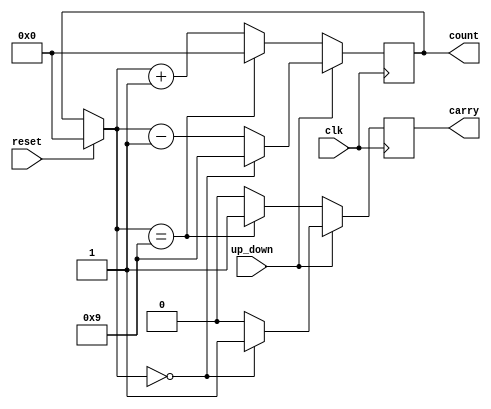
module counter_to_10(clk, reset, up_down, count, carry);

  input wire clk, reset, up_down;
  output reg carry;
  output reg[3:0] count;

  always @(posedge clk)
  begin 
    if(reset) begin 
      count = 4'b0;
      carry = 0;
    end
    if(up_down) begin 
      if(count == 4'b0) begin 
        count <= 4'b1001;
        carry <= 1'b1;
      end
      else begin 
        count <= count - 4'b1;
        carry <= 0;
      end
    end 
    else begin 
      if(count == 4'b1001) begin 
        count <= 4'b0;
        carry <= 1'b1;
      end 
      else begin 
        count <= count + 4'b1;
        carry <= 0;
      end 
    end
  end
endmodule